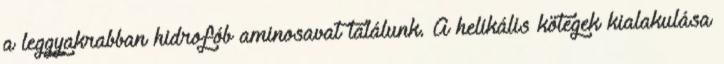
a leggyakrabban hidrofób aminosavat találunk. A helikális kötegek kialakulása